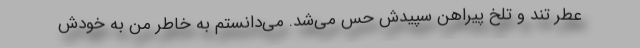
عطر تند و تلخ پیراهن سپیدش حس می‌شد. می‌دانستم به خاطر من به خودش